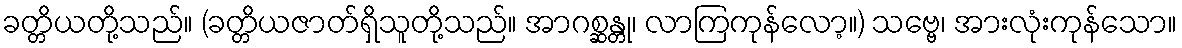
ခတ္တိယတို့သည်။ (ခတ္တိယဇာတ်ရှိသူတို့သည်။ အာဂစ္ဆန္တု၊ လာကြကုန်လော့။) သဗ္ဗေ၊ အားလုံးကုန်သော။